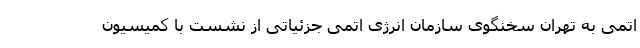
اتمی به تهران سخنگوی سازمان انرژی اتمی جزئیاتی از نشست با کمیسیون